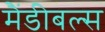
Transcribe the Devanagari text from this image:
मैंडीबल्स